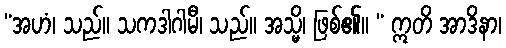
“အဟံ၊ သည်။ သကဒါဂါမီ၊ သည်။ အသ္မိ၊ ဖြစ်၏။ “ ဣတိ အာဒိနာ၊